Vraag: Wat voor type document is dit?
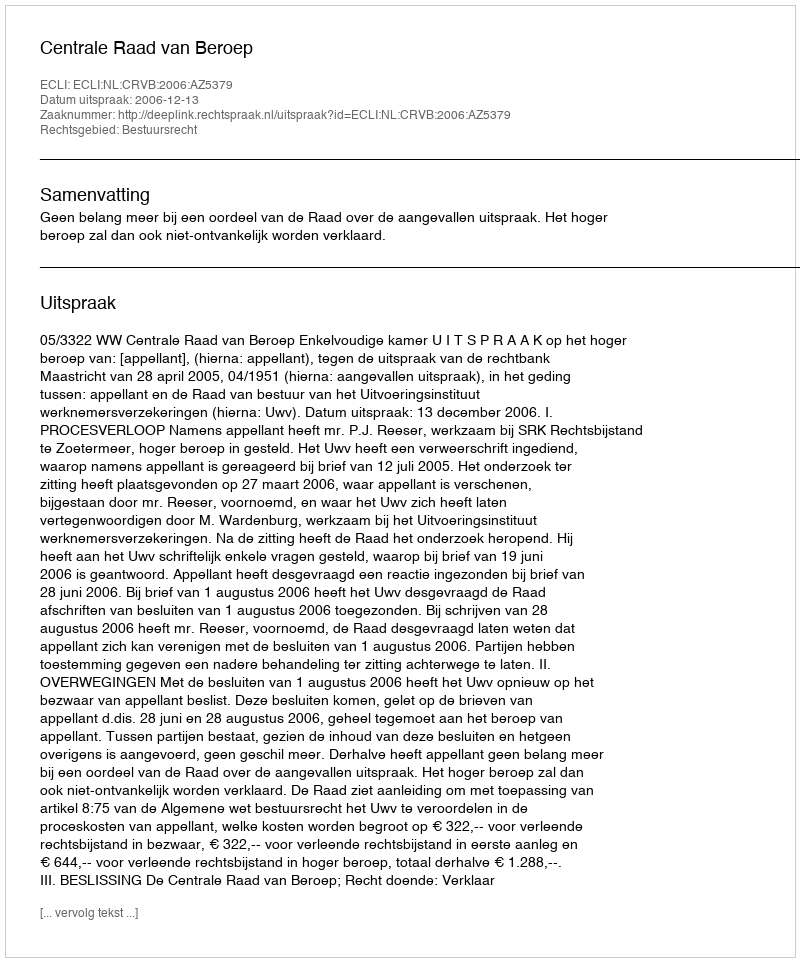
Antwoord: Uitspraak